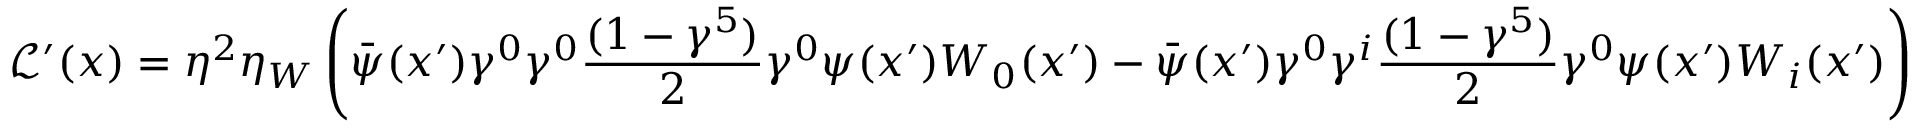
\mathcal { L } ^ { \prime } ( x ) = \eta ^ { 2 } \eta _ { W } \left( \bar { \psi } ( x ^ { \prime } ) \gamma ^ { 0 } \gamma ^ { 0 } \frac { ( 1 - \gamma ^ { 5 } ) } { 2 } \gamma ^ { 0 } \psi ( x ^ { \prime } ) W _ { 0 } ( x ^ { \prime } ) - \bar { \psi } ( x ^ { \prime } ) \gamma ^ { 0 } \gamma ^ { i } \frac { ( 1 - \gamma ^ { 5 } ) } { 2 } \gamma ^ { 0 } \psi ( x ^ { \prime } ) W _ { i } ( x ^ { \prime } ) \right)